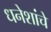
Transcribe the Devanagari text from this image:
धनेशांचे